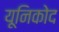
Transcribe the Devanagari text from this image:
यूनिकोद